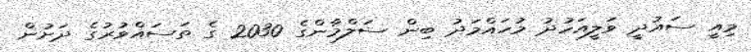
މިއީ ސައުދީ ވަލީއަހުދު މުހައްމަދު ބިން ސަލްމާންގެ 2030 ގެ ތަސައްވުރުގެ ދަށުން